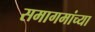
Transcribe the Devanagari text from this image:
समागमांच्या